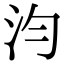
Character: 汮